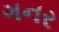
ગનર